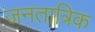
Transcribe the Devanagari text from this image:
जनतात्रिक